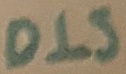
Text: DIS